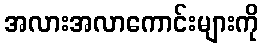
အလားအလာကောင်းများကို